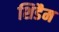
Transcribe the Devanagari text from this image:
शिडैम